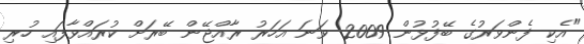
"އެކި ފެންވަރުގެ ބޭފުޅުން 2009 ވަނަ އަހަރު ރާއްޖޭން ބޭރަށް ކުރައްވާފައި ހުރި